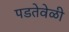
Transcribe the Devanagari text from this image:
पडतेवेळी